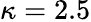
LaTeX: \kappa=2.5